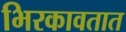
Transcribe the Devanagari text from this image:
भिरकावतात